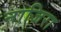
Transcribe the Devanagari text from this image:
नाजिरा